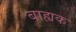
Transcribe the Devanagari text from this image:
बाह्यक